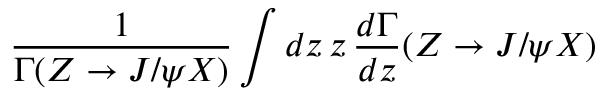
\frac { 1 } { \Gamma ( Z \to J / \psi X ) } \int d z \, z \, \frac { d \Gamma } { d z } ( Z \to J / \psi X )